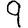
Digit: 9